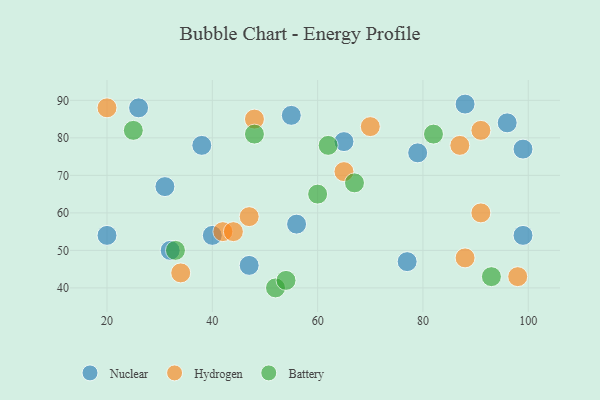
{"axis": {"x": "GDP", "y": "Life Expectancy"}, "legend": ["Battery", "Hydrogen", "Nuclear"], "data": [{"x": "99", "y": 77, "type": "Nuclear"}, {"x": "38", "y": 78, "type": "Nuclear"}, {"x": "31", "y": 67, "type": "Nuclear"}, {"x": "88", "y": 89, "type": "Nuclear"}, {"x": "56", "y": 57, "type": "Nuclear"}, {"x": "77", "y": 47, "type": "Nuclear"}, {"x": "47", "y": 46, "type": "Nuclear"}, {"x": "99", "y": 54, "type": "Nuclear"}, {"x": "55", "y": 86, "type": "Nuclear"}, {"x": "65", "y": 79, "type": "Nuclear"}, {"x": "26", "y": 88, "type": "Nuclear"}, {"x": "79", "y": 76, "type": "Nuclear"}, {"x": "96", "y": 84, "type": "Nuclear"}, {"x": "40", "y": 54, "type": "Nuclear"}, {"x": "20", "y": 54, "type": "Nuclear"}, {"x": "32", "y": 50, "type": "Nuclear"}, {"x": "70", "y": 83, "type": "Hydrogen"}, {"x": "47", "y": 59, "type": "Hydrogen"}, {"x": "87", "y": 78, "type": "Hydrogen"}, {"x": "91", "y": 82, "type": "Hydrogen"}, {"x": "98", "y": 43, "type": "Hydrogen"}, {"x": "65", "y": 71, "type": "Hydrogen"}, {"x": "91", "y": 60, "type": "Hydrogen"}, {"x": "42", "y": 55, "type": "Hydrogen"}, {"x": "88", "y": 48, "type": "Hydrogen"}, {"x": "34", "y": 44, "type": "Hydrogen"}, {"x": "20", "y": 88, "type": "Hydrogen"}, {"x": "44", "y": 55, "type": "Hydrogen"}, {"x": "48", "y": 85, "type": "Hydrogen"}, {"x": "60", "y": 65, "type": "Battery"}, {"x": "82", "y": 81, "type": "Battery"}, {"x": "33", "y": 50, "type": "Battery"}, {"x": "25", "y": 82, "type": "Battery"}, {"x": "62", "y": 78, "type": "Battery"}, {"x": "48", "y": 81, "type": "Battery"}, {"x": "93", "y": 43, "type": "Battery"}, {"x": "67", "y": 68, "type": "Battery"}, {"x": "52", "y": 40, "type": "Battery"}, {"x": "54", "y": 42, "type": "Battery"}]}